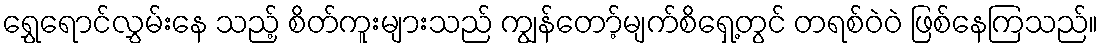
ရွှေရောင်လွှမ်းနေ သည့် စိတ်ကူးများသည် ကျွန်တော့်မျက်စိရှေ့တွင် တရစ်ဝဲဝဲ ဖြစ်နေကြသည်။